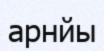
арнйы